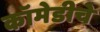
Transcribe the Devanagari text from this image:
कॉमेडीचे